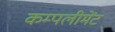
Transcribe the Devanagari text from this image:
कम्पलीमेंट